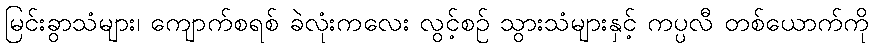
မြင်းခွာသံများ၊ ကျောက်စရစ် ခဲလုံးကလေး လွင့်စဉ် သွားသံများနှင့် ကပ္ပလီ တစ်ယောက်ကို